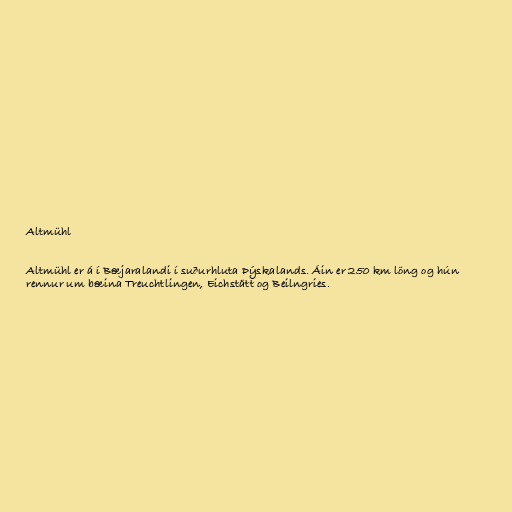
Altmühl

Altmühl er á í Bæjaralandi í suðurhluta Þýskalands. Áin er 250 km löng og hún
rennur um bæina Treuchtlingen, Eichstätt og Beilngries.